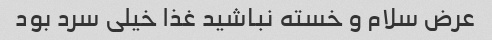
عرض سلام و خسته نباشید غذا خیلی سرد بود